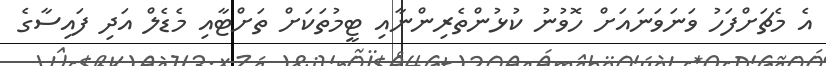
އެ މެޗަށްފަހު ވަނަވަނައަށް ހޮވުނު ކުޅުންތެރިންނާއި ޓީމުތަކަށް ތަށްޓާއި މެޑެލް އަދި ފައިސާގެ